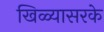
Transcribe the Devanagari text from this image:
खिळ्यासरके